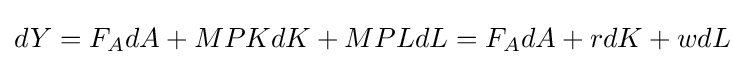
dY=F_{A}dA+MPKdK+MPLdL=F_{A}dA+rdK+wdL